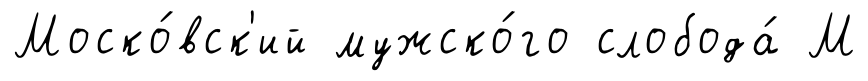
Моско́вск'ий мужско́го слобода́ М